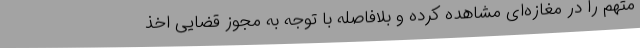
متهم را در مغازه‌ای مشاهده کرده و بلافاصله با توجه به مجوز قضایی اخذ